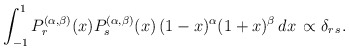
\begin{align*}\int_{-1}^1 P_r^{(\alpha,\beta)}(x) P_s^{(\alpha,\beta)}(x)\,(1-x)^\alpha (1+x)^\beta\,dx\, \propto\delta_{r\,s}.\end{align*}